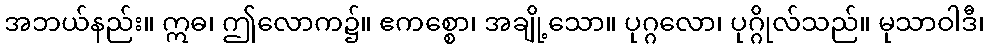
အဘယ်နည်း။ ဣဓ၊ ဤလောက၌။ ဧကစ္စော၊ အချို့သော။ ပုဂ္ဂလော၊ ပုဂ္ဂိုလ်သည်။ မုသာဝါဒီ၊